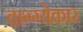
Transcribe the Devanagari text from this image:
वाग्ग्येकार